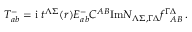
T _ { a b } ^ { - } = \mathrm { i } \ t ^ { \Lambda \Sigma } ( r ) E _ { a b } ^ { - } C ^ { A B } \mathrm { I m } { \cal N } _ { \Lambda \Sigma , \Gamma \Delta } f _ { ~ ~ A B } ^ { \Gamma \Delta } \, .